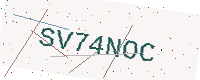
Text: SV74NOC